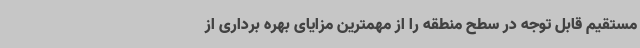
مستقیم قابل توجه در سطح منطقه را از مهمترین مزایای بهره برداری از